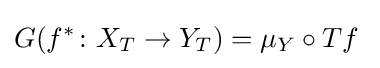
G(f^{*}\colon X_{T}\to Y_{T})=\mu _{Y}\circ Tf\;